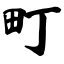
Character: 町